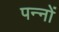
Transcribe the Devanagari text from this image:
पन्‍नों